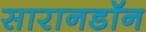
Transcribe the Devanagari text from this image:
सारानडॉन